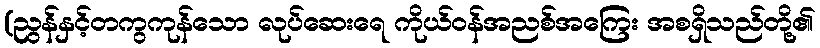
(ညွန်နှင့်တကွကုန်သော လုပ်ဆေးရေ ကိုယ်ဝန်အညစ်အကြေး အစရှိသည်တို့၏